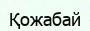
Қожабай